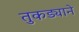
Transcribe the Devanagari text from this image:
तुकड्याने